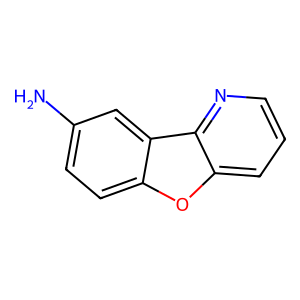
SMILES: Nc1ccc2oc3cccnc3c2c1
Inhibits HIV replication: No